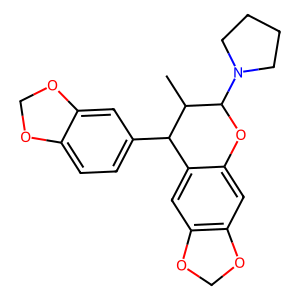
SMILES: CC1C(c2ccc3c(c2)OCO3)c2cc3c(cc2OC1N1CCCC1)OCO3
Inhibits HIV replication: No